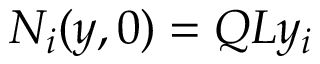
{ \cal N } _ { i } ( y , 0 ) = Q { \cal L } y _ { i }